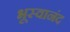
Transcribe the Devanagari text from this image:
भूस्वानंद